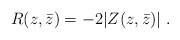
\begin{align*}R(z, \bar z) = -2| Z(z,\bar z)|\ .\end{align*}